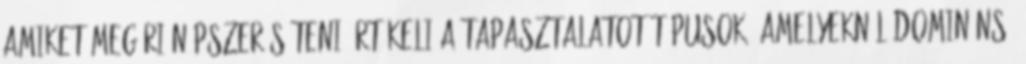
amiket megéri népszerűsíteni Értékeli a tapasztalatot Típusok, amelyeknél domináns: